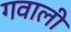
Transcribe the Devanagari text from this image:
गवाली